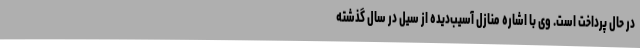
در حال پرداخت است. وی با اشاره منازل آسیب‌دیده از سیل در سال گذشته